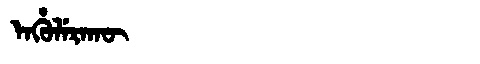
Manchu: ᡝᠨᡥᡠᠯᡝᡵᠠᡴᡡ
Romanization: ENHULERAKŪ